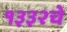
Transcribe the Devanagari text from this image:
१३३२चे